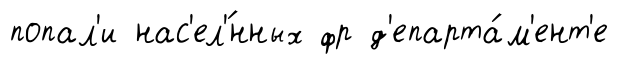
попал'и нас'ел'́нных фр д'епарта́м'ент'е